Madras plague regulations and rules - Volume 2
Disease focus: Plague
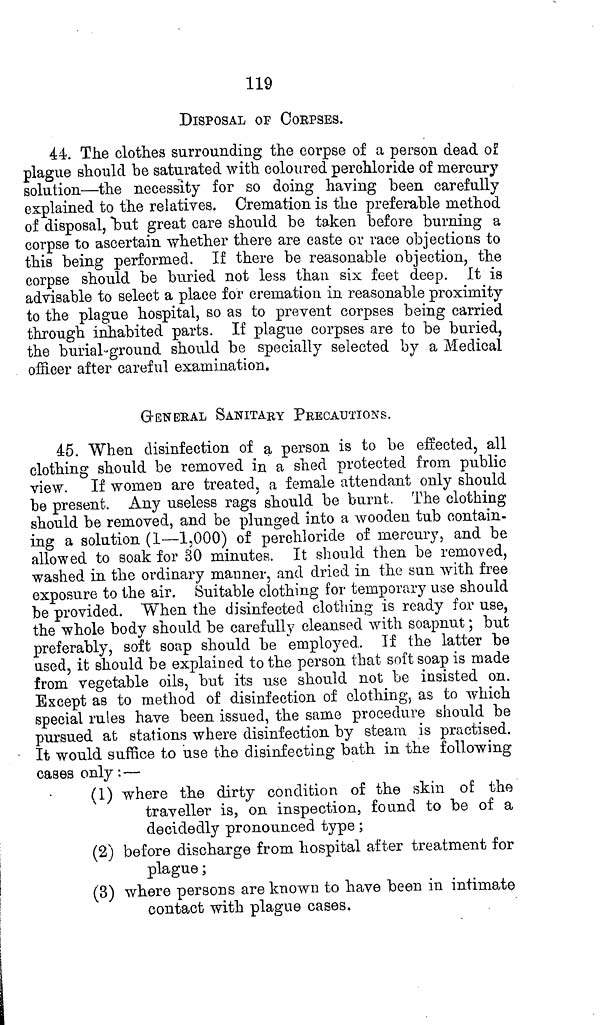
119
DISPOSAL Of COrPSES.
44. The clothes surrounding the corpse of a person dead of
plague should be saturated with coloured perchloride of mercury
solution—the necessity for so doing having been carefully
explained to the relatives. Cremation is the preferable method
of disposal, but great care should be taken before burning a
corpse to ascertain whether there are caste or race objections to
this being performed. If there be reasonable objection, the
corpse should be buried not less than six feet deep. It is
advisable to select a place for cremation in reasonable proximity
to the plague hospital, so as to prevent corpses being carried
through inhabited parts. If plague corpses are to be buried,
the burial-ground should be specially selected by a Medical
officer after careful examination.
GENERAL SANITARY PRECAUTIONS.
45. When disinfection of a person is to be effected, all
clothing should be removed in a shed protected from public
view. If women are treated, a female attendant only should
be present. Any useless rags should be burnt. The clothing
should be removed, and be plunged into a wooden tub contain-
ing a solution (1—1,000) of perchloride of mercury, and be
allowed to soak for 30 minutes. It should then be removed,
washed in the ordinary manner, and dried in the sun with free
exposure to the air. Suitable clothing for temporary use should
be provided. When the disinfected clothing is ready for use,
the whole body should be carefully cleansed with soapnut; but
preferably, soft soap should be employed. If the latter be
used, it should be explained to the person that soft soap is made
from vegetable oils, but its use should not be insisted on.
Except as to method of disinfection of clothing, as to which
special rules have been issued, the same procedure should be
pursued at stations where disinfection by steam is practised.
It would suffice to use the disinfecting bath in the following
cases only:—
(1) where the dirty condition of the skin of the
traveller is, on inspection, found to be of a
decidedly pronounced type;
(2) before discharge from hospital after treatment for
plague;
(3) where persons are known to have been in intimate
contact with plague cases.